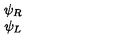
\begin{array} { c } { \psi _ { R } } \\ { \psi _ { L } } \\ \end{array}